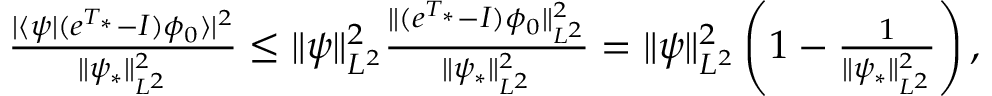
\begin{array} { r } { \frac { \vert \langle \psi | ( e ^ { T _ { * } } - I ) \phi _ { 0 } \rangle \vert ^ { 2 } } { \Vert \psi _ { * } \Vert _ { L ^ { 2 } } ^ { 2 } } \leq \Vert \psi \Vert _ { L ^ { 2 } } ^ { 2 } \frac { \Vert ( e ^ { T _ { * } } - I ) \phi _ { 0 } \Vert _ { L ^ { 2 } } ^ { 2 } } { \Vert \psi _ { * } \Vert _ { L ^ { 2 } } ^ { 2 } } = \Vert \psi \Vert _ { L ^ { 2 } } ^ { 2 } \left( 1 - \frac { 1 } { \Vert \psi _ { * } \Vert _ { L ^ { 2 } } ^ { 2 } } \right) , } \end{array}